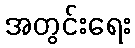
အတွင်းရေး